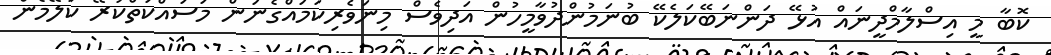
ކޮބާ މީ އިސްލާމްދީނައް އުޅޭ ދަންނަބޭކަލެކޭ ބުނަމުންދުވާމީހުން އަދިވެސް މިނަވެރިކަމައްގެނަން މަސައްކަތްކުރޭ ކަލޭމެން